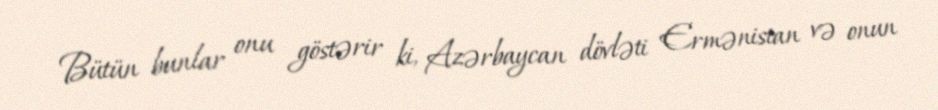
Bütün bunlar onu göstərir ki, Azərbaycan dövləti Ermənistan və onun